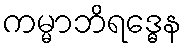
ကမ္မာဘိရဒ္ဓေန